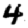
Digit: 4